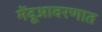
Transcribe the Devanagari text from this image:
मेंदूआवरणात